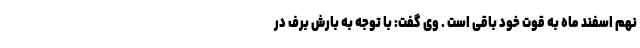
نهم اسفند ماه به قوت خود باقی است . وی گفت: با توجه به بارش برف در